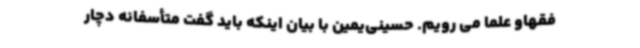
فقهاو علما می رویم. حسینی‌یمین با بیان اینکه باید گفت متأسفانه دچار